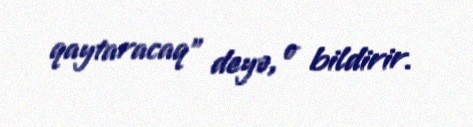
qaytaracaq” deyə, o bildirir.